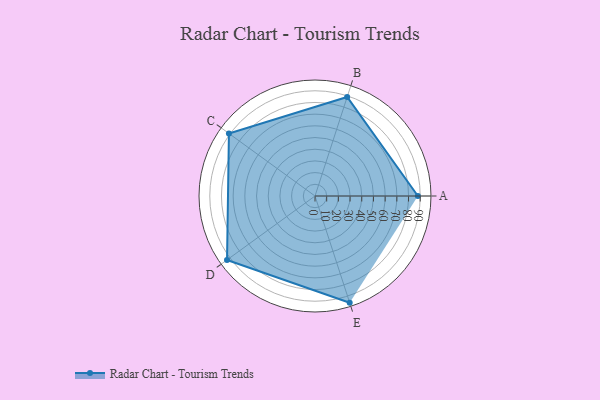
{"axis": {"x": "Skill", "y": "Score"}, "legend": ["Profile"], "data": [{"x": "A", "y": 88.0, "type": "Profile"}, {"x": "B", "y": 89.0, "type": "Profile"}, {"x": "C", "y": 91.0, "type": "Profile"}, {"x": "D", "y": 93.0, "type": "Profile"}, {"x": "E", "y": 96.0, "type": "Profile"}]}